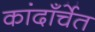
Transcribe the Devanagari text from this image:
कांदाँर्चेत